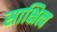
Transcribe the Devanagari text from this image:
साक्षित्व